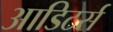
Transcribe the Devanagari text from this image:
आडिटर्स